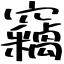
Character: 竊